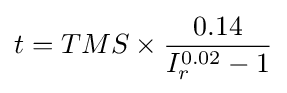
t=TMS\times {\frac {0.14}{I_{r}^{0.02}-1}}